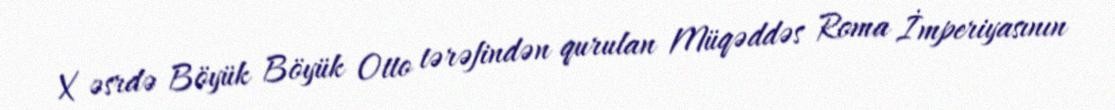
X əsrdə Böyük Böyük Otto tərəfindən qurulan Müqəddəs Roma İmperiyasının